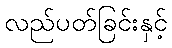
လည်ပတ်ခြင်းနှင့်